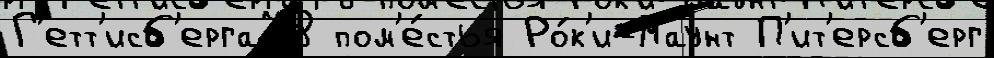
Г'етт'исб'ерга78 пом'е́стья Ро́к'и-Маунт П'ит'ерсб'ерг